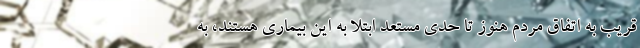
قریب به اتفاق مردم هنوز تا حدی مستعد ابتلا به این بیماری هستند، به